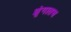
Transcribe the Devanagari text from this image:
शृंगातच